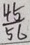
\frac { 4 5 } { 5 6 }